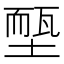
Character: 𡏵